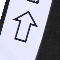
ل